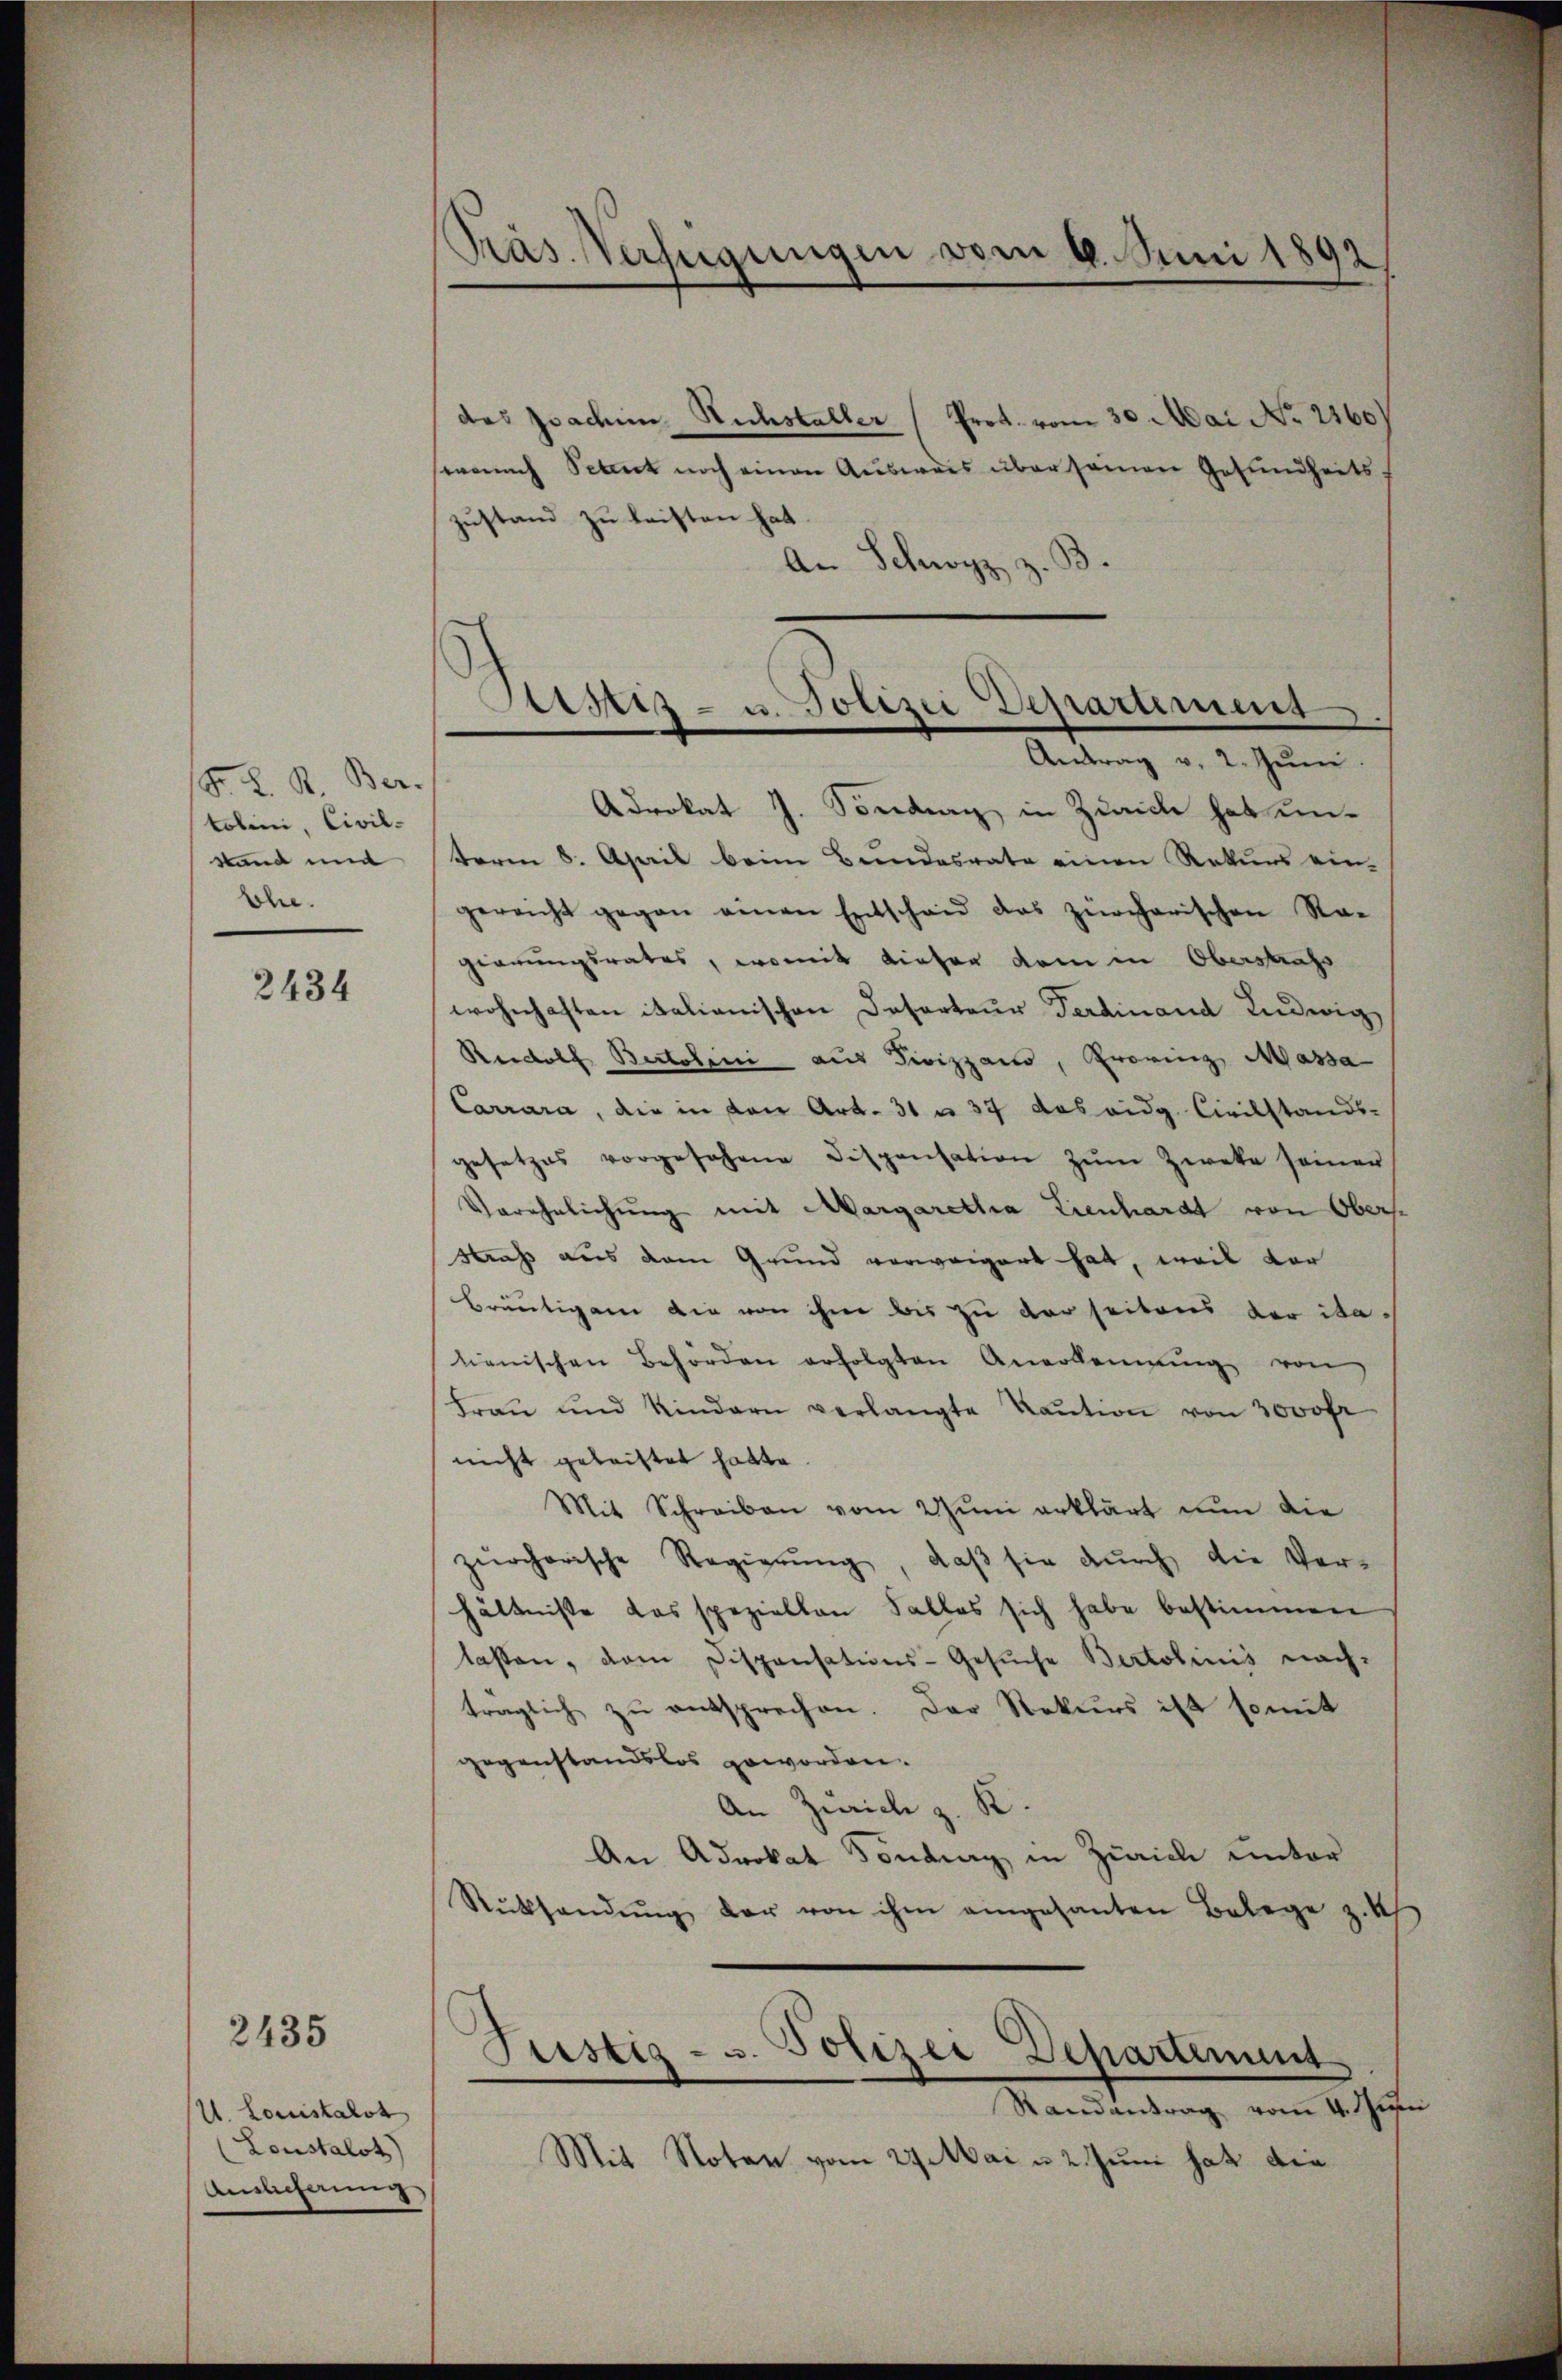
F. L. K. Ber
tolini, Civil-
Stand mi
bhe.

2434

U. Louistalst
(Lonstalot)
Auslicherung

2435

Präs. Verfügungen vom 4. Juni 1892

das Joachim Sichstaller (Prot. vom 30. Mai No 2160
wonach Petent noch einen Ausweis über seinen Gesundheits,
zustand zu leisten hat
An Schwyz z.
Antrag v. 2. Juni
Adrokat J. Sondung in Zürich hat unterm 8. April beim Bundesrate einen Rekurs ein-
gereicht gegen einen Entschaid das zürcherischen Ra-
gierungsrates, womit dieser dem in Oberstrafs
wohnhaften italianischen Desarteur Ferdinand Ludwig,
Rudolf Bertolini aus Pivizzano, Provinz, Massa
Carrara, die in von Art. 31 n 37 das eidg. Civilstands-
gesetzes vorgesehene Dispensation zŭm Zweke seiner
Verehelichung mit Margaretha Lienhardt von Obers
Straß aus dem Grund vorweigert hat, weil vor
Bräutigam die von ihm bis zu der seitens der ita-
lienischen Behörden erfolgten Anerkennung von
Fraŭ und Kindern verlangte Kaŭtion von 3000 fr
nicht geleistet hatte.
Mit Schreiben vom 2 Jŭni erklärt nun die
zürcherische Regierŭng, daβ sie dŭrch die Ver-
hältniße das speziellen Falles sich habe bestimmen
lassen, dem Dispensations-Gesŭche Bertolinis nach-
träglich zu entsprechen. Der Rekurs ist somit
gegenstandslos geworden.
An Zürich z. K.
An Advokat Fondung in Zürich unter
Rücksendŭng der von ihm eingesanten Belege z. K
Randantrag vom 4. Jus
Mit Noten vom 29. Mai u. 2. Juni hat den

Sistiz- u. Polizei Departement

Justiz- u. Polizei Departement